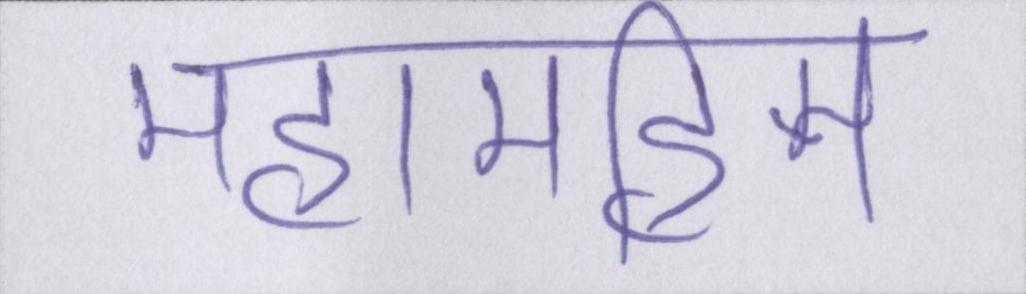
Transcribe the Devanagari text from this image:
महामहिम